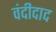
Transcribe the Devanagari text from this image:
वंदीदाद